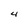
Character: 4